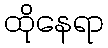
ထိုနေရာ